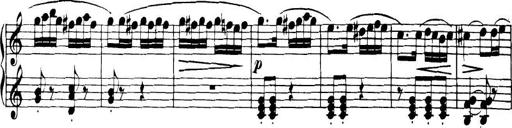
Title: 32 Sonatinas and Rondos for the Piano
Composer: Richard Kleinmichel